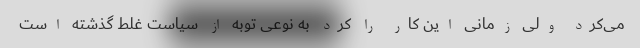
می‌کرد ولی زمانی این کار را کرد به نوعی توبه از سیاست غلط گذشته است